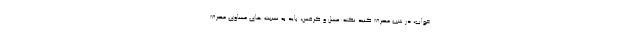
خواب، در شب مصرف کنید.نکته:عسل و کرفس، باید به نسبت های مساوی مصرف